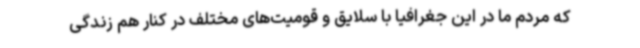
که مردم ما در این جغرافیا با سلایق و قومیت‌های مختلف در کنار هم زندگی